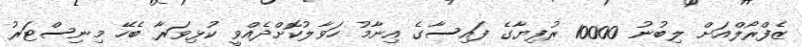
ޒެފްރޯލްއަށް ލިބުނު 10000 ރުފިޔާގެ ފައިސާގެ އިނާމު ހަވާލުކޮށްދެއްވީ ކުޅިވަރާ ބެހޭ މިނިސްޓަރު